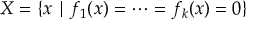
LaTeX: X = \{ x \mid f _ { 1 } ( x ) = \cdots = f _ { k } ( x ) = 0 \}